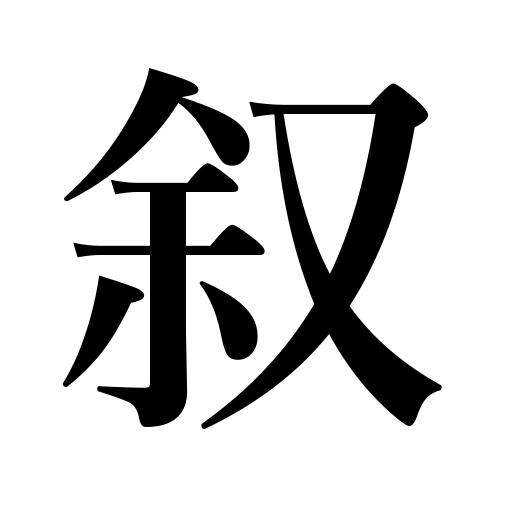
Meanings: confer a rank,describe,write a preface,narrate,relate,write